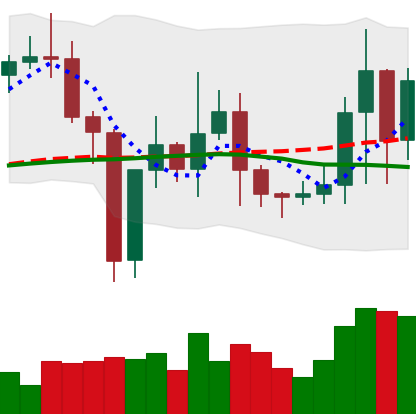
Ticker: TRX-USD
Chart end date: 2021-01-06
Forward return: -5.086%
Label: down_5_7